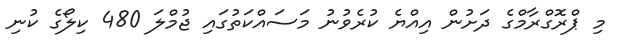
މި ޕްރޮގްރާމްގެ ދަށުން އިއްޔެ ކުރެވުނު މަސައްކަތުގައި ޖުމްލަ 480 ކިލޯގެ ކުނި